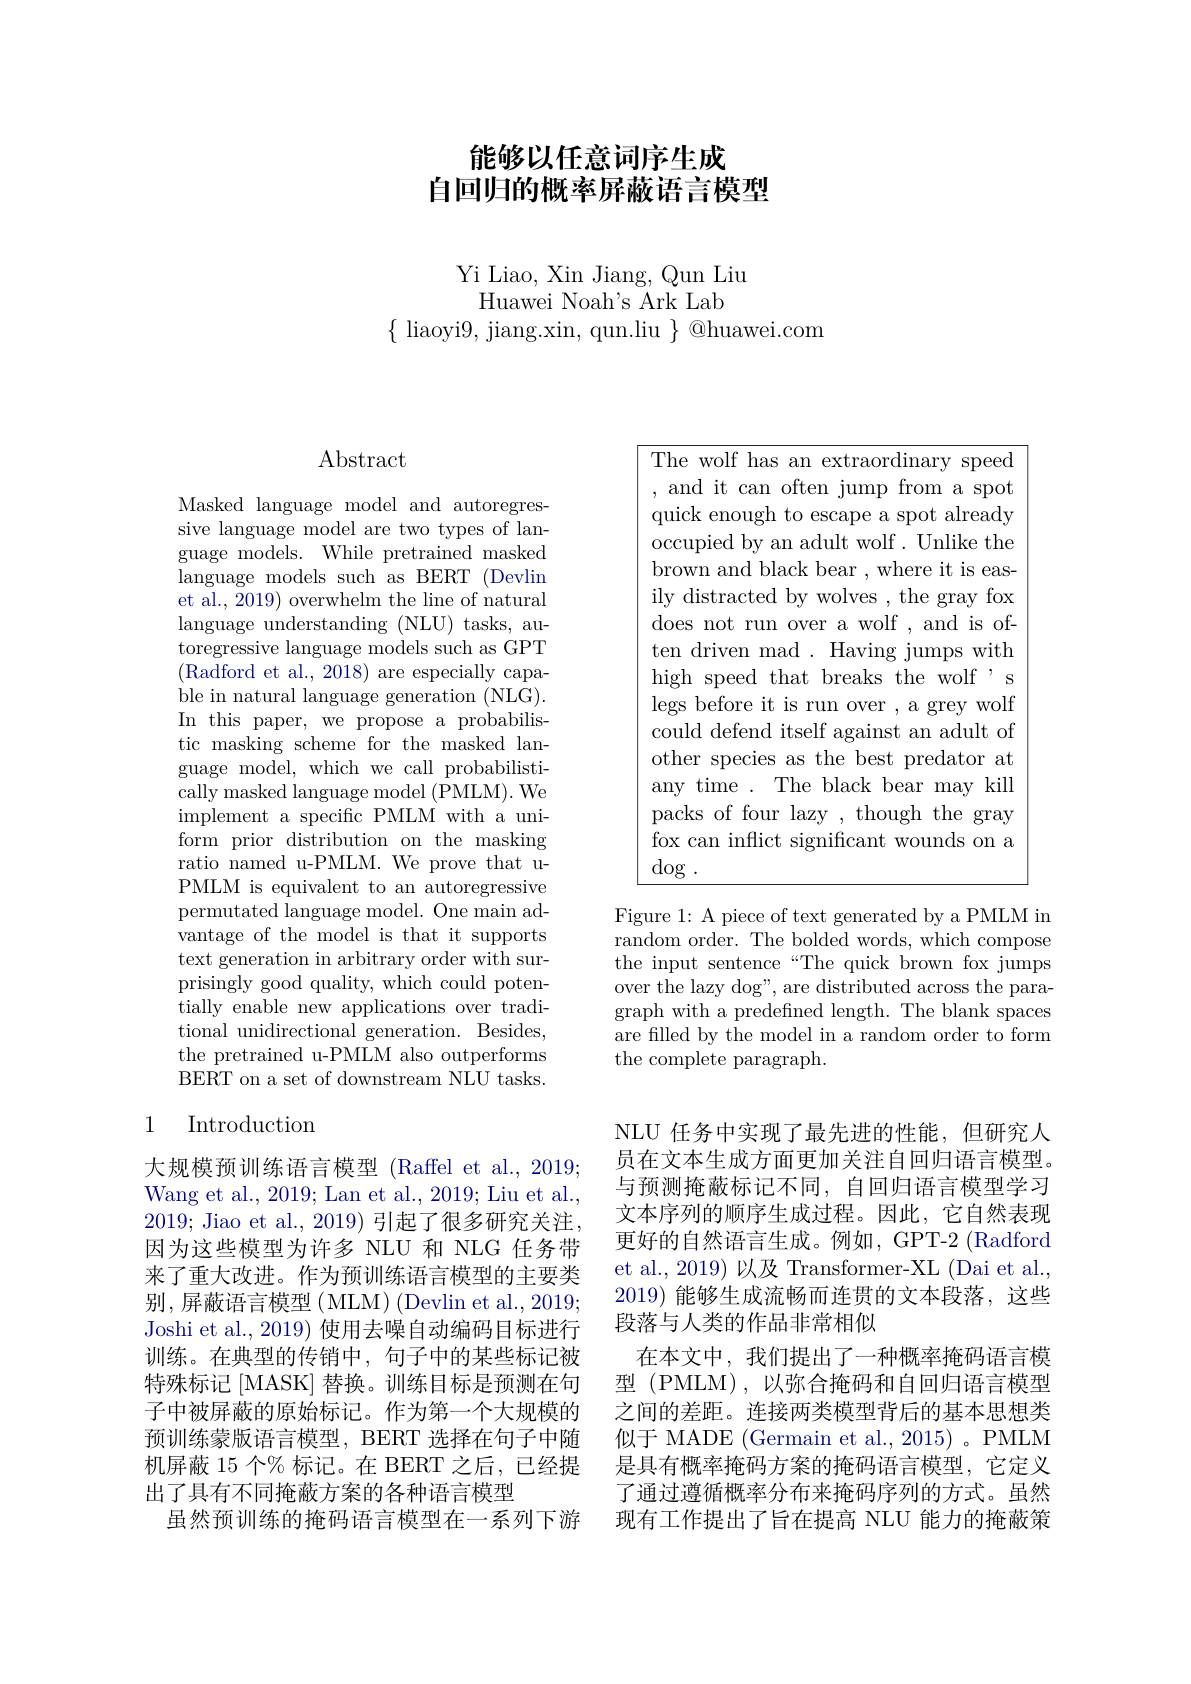
# 能够以任意词序生成自回归的概率屏蔽语言模型

Yi Liao, Xin Jiang, Qun Liu
Huawei Noah's Ark Lab
$\{$ liaoyi9, jiang.xin, qun.liu $\}$ @huawei.com

## $\operatorname{Abstract}$

Masked language model and autoregressive language model are two types of language models. While pretrained masked language models such as BERT (Devlin et al., 2019) overwhelm the line of natural language understanding (NLU) tasks, autoregressive language models such as GPT (Radford et al., 2018) are especially capa- ${\mathrm{ble~in~natural~language~generation~(NLG).}}$ In this paper, we propose a probabilistic masking scheme for the masked language model, which we call probabilistically masked language model (PMLM). We implement a specific PMLM with a uniform prior distribution on the masking ratio named u-PMLM. We prove that uPMLM is equivalent to an autoregressive permutated language model. One main advantage of the model is that it supports text generation in arbitrary order with surprisingly good quality, which could potentially enable new applications over traditional unidirectional generation. Besides, the pretrained u-PMLM also outperforms BERT on a set of downstream NLU tasks.

## 1 Introduction

大规模预训练语言模型 (Raffel et al., 2019; Wang et al., 2019; Lan et al., 2019; Liu et al., 2019; Jiao et al., 2019) 引起了很多研究关注， 因为这些模型为许多 NLU 和 NLG 任务带来了重大改进。作为预训练语言模型的主要类别，屏蔽语言模型(MLM)(Devlin et al.,2019; Joshi et al., 2019) 使用去噪自动编码目标进行训练。在典型的传销中，句子中的某些标记被特殊标记[MASK] 替换。训练目标是预测在句子中被屏蔽的原始标记。作为第一个大规模的预训练蒙版语言模型，BERT 选择在句子中随机屏蔽 15 个% 标记。在 BERT 之后，已经提出了具有不同掩蔽方案的各种语言模型
虽然预训练的掩码语言模型在一系列下游

${\overline{\mathrm{The~wolf~has~an~extraordinary~speed}}}$ ,and it can often jump from a spot quick enough to escape a spot already occupied by an adult wolf . Unlike the brown and black bear , where it is easily distracted by wolves , the gray fox does not run over a wolf , and is often driven mad . Having jumps with high speed that breaks the wolf , s legs before it is run over , a grey wolf could defend itself against an adult of other species as the best predator at any time . The black bear may kill packs of four lazy , though the gray fox can inflict significant wounds on a $\deg.$

Figure 1: A piece of text generated by a PMLM in random order. The bolded words, which compose the input sentence“The quick brown fox jumps over the lazy dog", are distributed across the paragraph with a predefined length. The blank spaces are filled by the model in a random order to form the complete paragraph.

NLU 任务中实现了最先进的性能，但研究人员在文本生成方面更加关注自回归语言模型。与预测掩蔽标记不同，自回归语言模型学习文本序列的顺序生成过程。因此，它自然表现更好的自然语言生成。例如，GPT-2 (Radford et al., 2019) 以及 Transformer-XL (Dai et al., 2019)能够生成流畅而连贯的文本段落，这些段落与人类的作品非常相似
在本文中，我们提出了一种概率掩码语言模型 (PMLM),以弥合掩码和自回归语言模型之间的差距。连接两类模型背后的基本思想类似于 MADE (Germain et al., 2015) 。PMLM 是具有概率掩码方案的掩码语言模型，它定义了通过遵循概率分布来掩码序列的方式。虽然现有工作提出了旨在提高 NLU 能力的掩蔽策